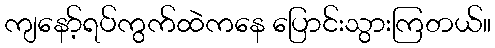
ကျနော့်ရပ်ကွက်ထဲကနေ ပြောင်းသွားကြတယ်။